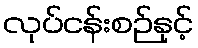
လုပ်ငန်းစဉ်နှင့်